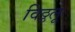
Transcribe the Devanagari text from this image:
विठ्ठलू